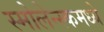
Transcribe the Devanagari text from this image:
स्मोलेन्स्कमध्ये